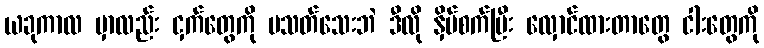
ယခုကာလ မှာလည်း ငှက်တွေကို မသတ်သေးဘဲ ဒီလို နှိပ်စက်ပြီး လှောင်ထားတာတွေ ငါးတွေကို